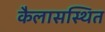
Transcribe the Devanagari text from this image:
कैलासस्थित